Plague in India, 1896, 1897 - Volume 2
Year: 1896
Disease focus: Plague
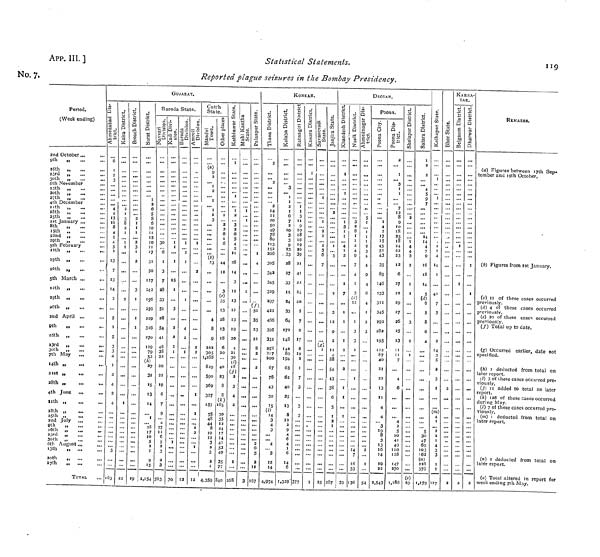
App. III. ]
No. 7.
Statistical Statements.
Reported plague seizures in the Bombay Presidency.
119
Period.
(Week ending)
2nd October ...
9th
„
l0th „
23rd
,
30th
„
6th November
13th ,
4th December
11th „
25th „
1st January ...
8th „
15th „
...
22nd ,,
...
29th „
5th February
19th
26th „
5th March ...
12th
19th ,
26th „
2nd April ..,
...
9th
„
16th ,,
...
23rd „
.„
„.
30th
...
14th „
.,,
28th „
4th June ,..
11th ,
18th „
...
25th
23rd „
...
20th
„
27th
„ ...
TOTAL
GUJARAT.
6
1
3
...
4
13
8
5
4
I
13
7
13
14
2
5
i
5
1
3
4
. 1
2
4
3
163
...
2
8
1
...
...
...
2
I
...
...
22
...
...
...
2
2
..-
3
I
I
I
...
...
2
6
5
6
17
31
50
176
276
22Q
316
119
79
53
(h)
27
I
...
28
17
10
2
I
9
15
2,154
...
...
..
30
6
3
7
28
33
28
54
46
38
52
21
9
4
27
6
2
3
3
...
...
...
...
...
...
..,
...
...
2
2
...
...
...
30
4
...
...
...
...
...
...
...
i
2
1
2
2
2
I
3
...
8
9
222
829
590
369
327
75
48
44
8
12
3
2
3
4,359
...
i
2
3
6
44
3 (e)
35
28
13
18
6
20
40
23
8
8 (k)
30
12
24
17
14
49
35
77
840
...
i
...
2
3
2
5
4
2
28
3
12
13
19
20
4
21
30
(i)
18 (j)
2
3
4
...
...
...
...
...
268
...
...
...
1
"*
...
...
!..
...
...
...
...
3
•«»
09
4
35
23
21
8
2
...
2
6
5
2
11
167
KONKAN.
2
2
...
2
14
2O
78
80
152
305
342
345
329
422
395
331
67
76
43
3
4
3
4
3
12
4,974
...
3
1
2
6
7
2
10
3
28
27
33
33
172
148
63
62
40
12
2
9
6
4
I
6
14
6
1,329
...
1
3
18
16
39
21
41
22
5
9
I
7
3
...
...
...
377
...
...
...
.
...
i
1
2
3
6
7
...
25
...
...
2
'
• ••
3
3
12
9
2
88
54
6
2
287
DECOAN.
3
2
7
i
i
2
2
...
33
.,,
3
2
8
4
9
7
4
3 (c)
I
3
3
I
14
7
16
33
136
...
«cl
5
3
4
4
9
4
I
2
3
2
54
...
...
..
"
...
4
2
17
15
45
43
35
146
233
345
292
282
195
122
40
21
22
13
11
4
3
8
3
13
16
14
22
2,543
2
...
3
1
7
12
8
9
10
18
25
18
24
22
23
12
6
27
22
27
26
25
23
7
4
6
4
2
5
41
128
147
270
1,186
2
4
4
3
2
3
2
...
(0)
29
1
2
4
5
9
...
14
4
7
9
18
14
5 (d)
5
8
6
4
•••
5
30
47
69
103
162 (n)
373760
I.I79
i
...
...
4
14
41
2
14
3
5
2
3
(Ml)
4
I
...
I
2
4
3
3
127
...
...
KARNA-
TAK.
...
...
...
...
...
...
...
•••
...
i
...
...
REMARKS.
(o) Total altered in report for
week ending 7th May.